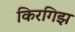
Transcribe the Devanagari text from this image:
किरगिझ